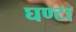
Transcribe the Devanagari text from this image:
घण्‍टा